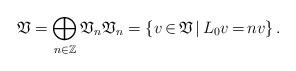
LaTeX: \begin{align*} \mathfrak{V} = \bigoplus_{n\in \mathbb{Z}} \mathfrak{V}_n \mathfrak{V}_n = \{v\,{\in}\, \mathfrak{V}\,\vert\, L_0 v \,{=}\, n v\} \,. \end{align*}